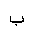
Letter: _ba